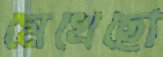
মেখেছো